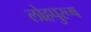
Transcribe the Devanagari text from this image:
लोहपुरूष